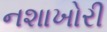
નશાખોરી